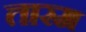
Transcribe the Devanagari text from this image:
तारम